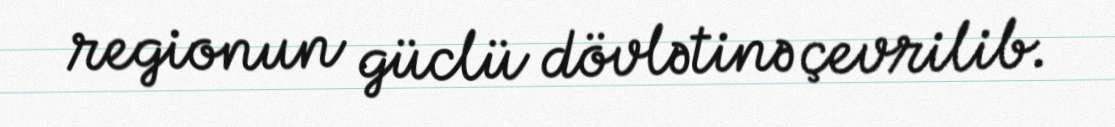
regionun güclü dövlətinə çevrilib.